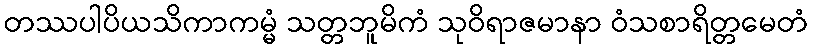
တဿပါပိယသိကာကမ္မံ သတ္တဘူမိကံ သုဝိရာဇမာနာ ဝံသစာရိတ္တမေတံ